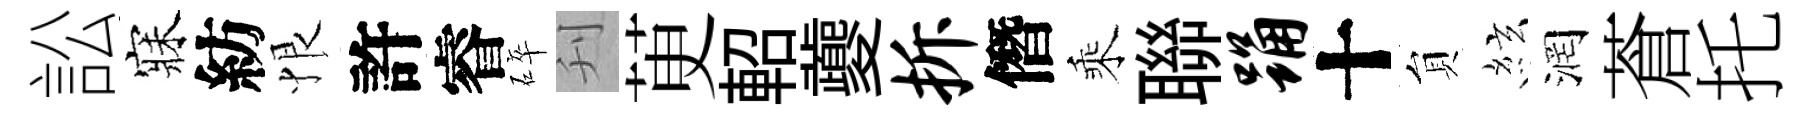
訟寐紡恨許睿碎刋茰軺夔拆僭乘聯踊十貟絃润蒼托